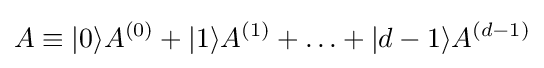
A\equiv |0\rangle A^{(0)}+|1\rangle A^{(1)}+\ldots +|d-1\rangle A^{(d-1)}